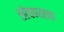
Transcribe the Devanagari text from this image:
खेचण्याचा